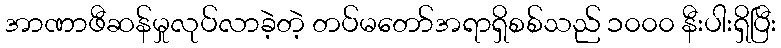
အာဏာဖီဆန်မှုလုပ်လာခဲ့တဲ့ တပ်မတော်အရာရှိစစ်သည် ၁၀၀၀ နီးပါးရှိပြီး